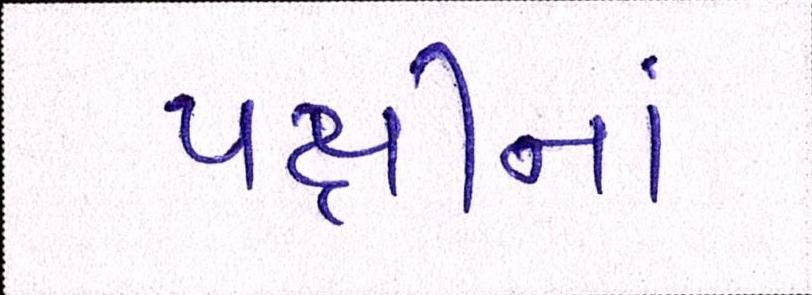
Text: પક્ષીનાં